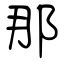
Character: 那